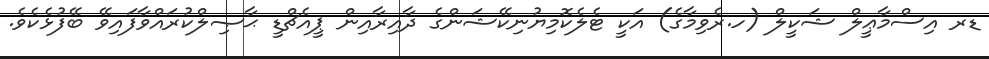
ޑރ އިސްމާޢީލް ޝަކީލް (ހ.ރެވިމާގެ) އަކީ ޓެލެކޮމިޔުނިކޭޝަންގެ ދާއިރާއިން ޕީއެޗްޑީ ޙާޞިލްކުރައްވާފައިވޭ ބޭފުޅެކެވެ.